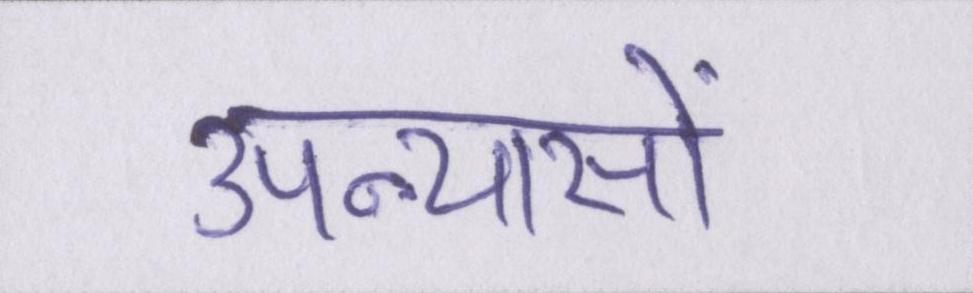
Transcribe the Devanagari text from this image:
उपन्यासों